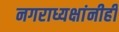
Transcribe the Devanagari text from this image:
नगराध्यक्षांनीही